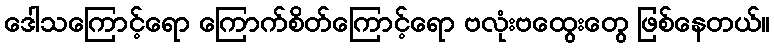
ဒေါသကြောင့်ရော ကြောက်စိတ်ကြောင့်ရော ဗလုံးဗထွေးတွေ ဖြစ်နေတယ်။